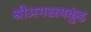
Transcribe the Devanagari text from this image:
श्रीअगस्त्यकुंड